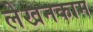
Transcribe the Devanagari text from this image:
लेखनकाम